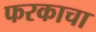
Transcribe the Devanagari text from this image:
फरकाचा